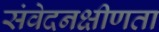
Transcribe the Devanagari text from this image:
संवेदनक्षीणता